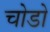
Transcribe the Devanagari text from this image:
चोडो